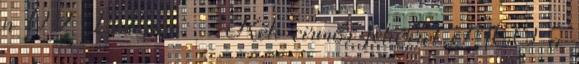
n 09 Isaksson: ♂ Kék cirmos fehérrel MCO a